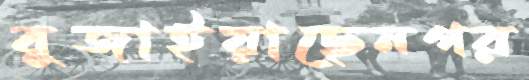
বুজাইয়াছেনগর